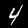
Label: 4